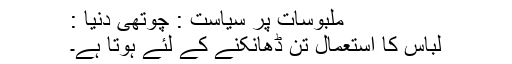
ملبوسات پر سیاست : چوتھی دنیا :
لباس کا استعمال تن ڈھانکنے کے لئے ہوتا ہے۔